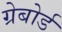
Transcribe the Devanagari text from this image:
ग्रेबोर्ड